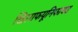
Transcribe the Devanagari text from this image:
खिलाफयूनिफायड